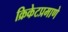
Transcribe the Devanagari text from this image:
क्रिकेटप्रमाणे